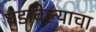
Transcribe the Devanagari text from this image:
घडविल्याचा